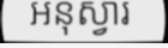
អនុស្វារ